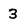
Character: 3